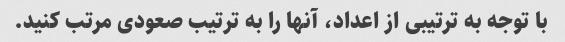
با توجه به ترتیبی از اعداد، آنها را به ترتیب صعودی مرتب کنید.